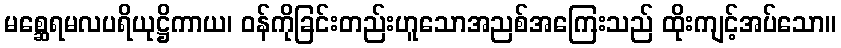
မစ္ဆေရမလပရိယုဋ္ဌိကာယ၊ ဝန်ကိုခြင်းတည်းဟူသောအညစ်အကြေးသည် ထိုးကျင့်အပ်သော။